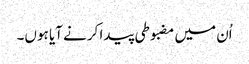
اُن میں مضبوطی پیدا کرنے آیا ہوں۔